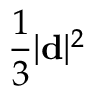
\frac 1 3 | { \bf d } | ^ { 2 }